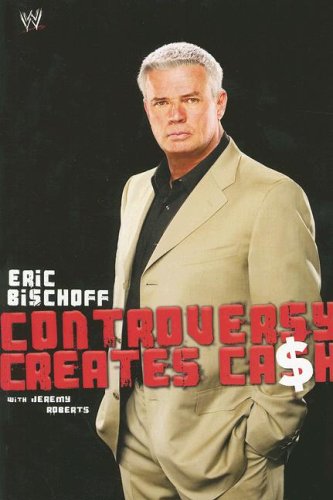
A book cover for Eric Bischoff: Controversy Creates Cash; Eric Bischoff; Biographies & Memoirs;